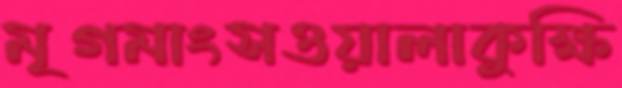
মৃগমাংসওয়ালাকুক্ষি